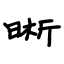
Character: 晰